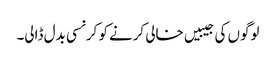
لوگوں کی جیبیں خالی کرنے کو کرنسی بدل ڈالی۔